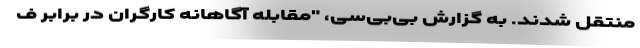
منتقل شدند. به گزارش بی‌بی‌سی، "مقابله آگاهانه کارگران در برابر ف